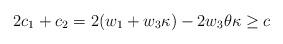
LaTeX: \begin{align*}2c_1+c_2=2(w_1+w_3\kappa)-2w_3\theta\kappa\geq c\end{align*}